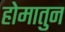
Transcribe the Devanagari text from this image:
होमातुन